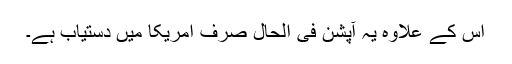
اس کے علاوہ یہ آپشن فی الحال صرف امریکا میں دستیاب ہے۔